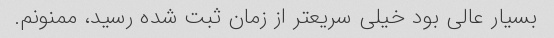
بسیار عالی بود خیلی سریعتر از زمان ثبت شده رسید، ممنونم.